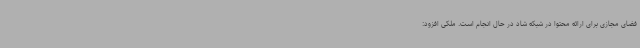
فضای مجازی برای ارائه محتوا در شبکه شاد در حال انجام است. ملکی افزود: